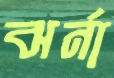
ঝর্না